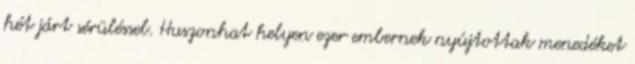
hét járt sérüléssel. Huszonhat helyen ezer embernek nyújtottak menedéket